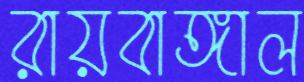
রায়বাঙ্গাল